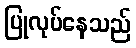
ပြုလုပ်နေသည်